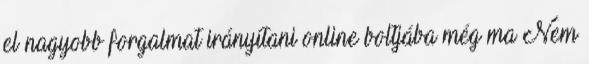
el nagyobb forgalmat irányítani online boltjába még ma Nem